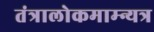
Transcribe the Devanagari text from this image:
तंत्रालोकमाम्न्यत्र